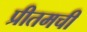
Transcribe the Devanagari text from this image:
प्रीतमची